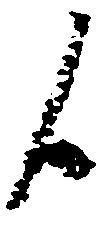
候